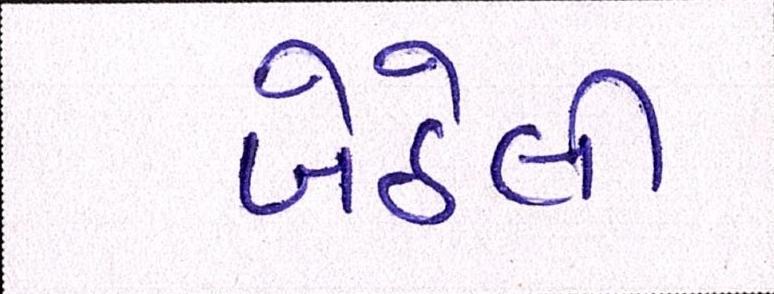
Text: બેઠેલી